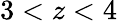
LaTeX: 3<z<4